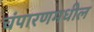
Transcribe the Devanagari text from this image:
चंपारणमधील